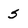
Character: s